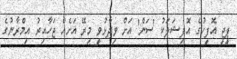
ޕީޖީ އޮފީހުގެ އޮފިޝަލަކު 'ސަން' އަށް ވިދާޅުވީ މިރޭ އަށެއް ޖަހާއިރު އިމްރާނުގެ